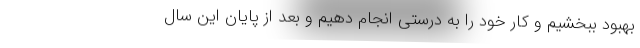
بهبود ببخشیم و کار خود را به درستی انجام دهیم و بعد از پایان این سال